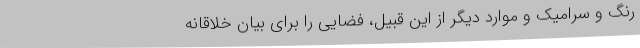
رنگ و سرامیک و موارد دیگر از این قبیل، فضایی را برای بیان خلاقانه